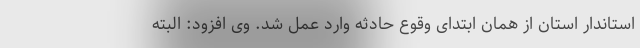
استاندار استان از همان ابتدای وقوع حادثه وارد عمل شد. وی افزود: البته